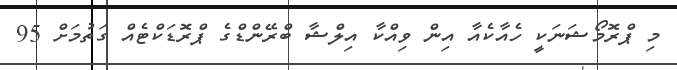
މި ޕްރޮމޯޝަނަކީ ހެއާކެއާ އިން ވިއްކާ އިލްޝާ ބްރޭންޑްގެ ޕްރޮޑަކްޓެއް ގަތުމަށް 95